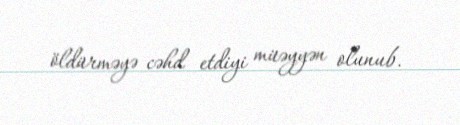
öldürməyə cəhd etdiyi müəyyən olunub.